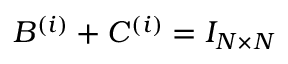
B ^ { ( i ) } + C ^ { ( i ) } = I _ { N \times N }